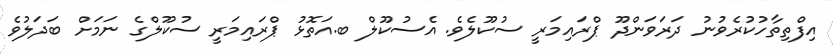
އިފްތިތާހުކުރެވުނު ދަރަވަންދޫ ޕްރައިމަރީ ސުކޫލެވެ. އެސުކޫލް ބ.އަތޮޅު ޕްރައިމަރީ ސުކޫލްގެ ނަމަށް ބަދަލުވެ